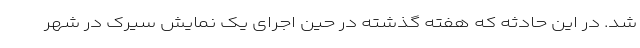
شد. در این حادثه که هفته گذشته در حین اجرای یک نمایش سیرک در شهر